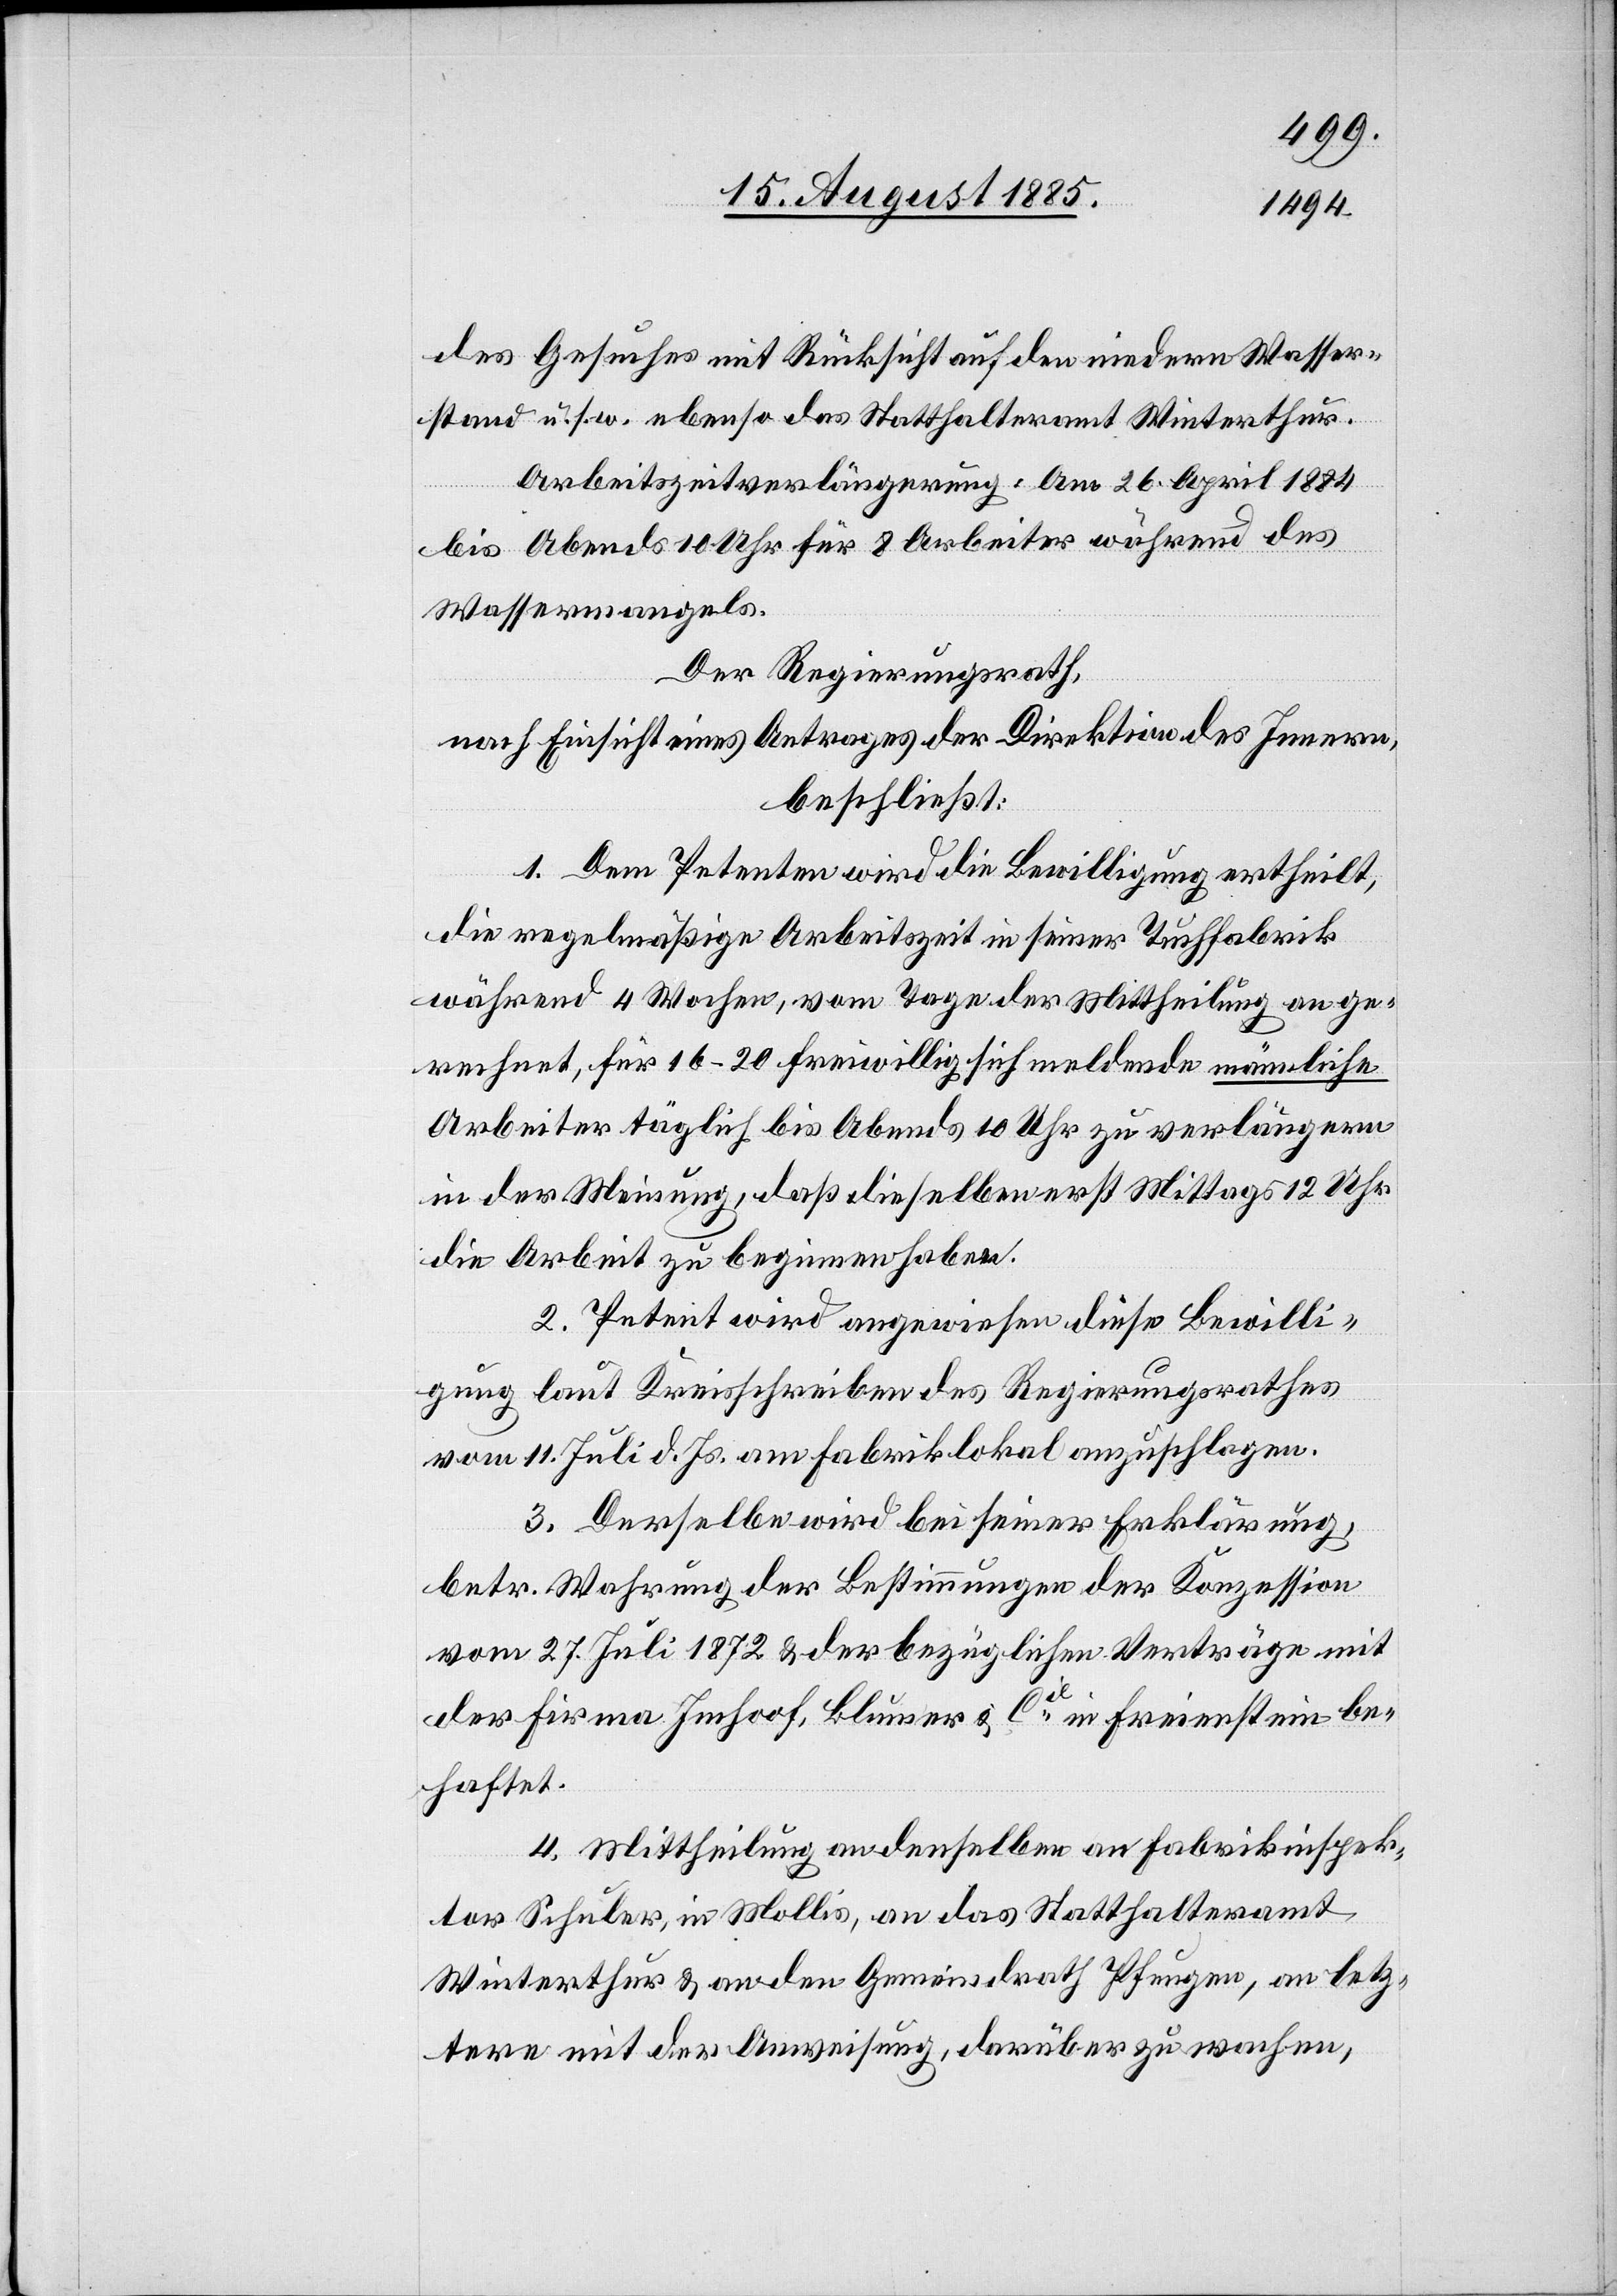
des Gesuches mit Rücksicht auf den niedern Wasser¬
stand u. s. w. ebenso das Statthalteramt Winterthur.
Arbeitszeitverlängerung: Am 26. April 1884
bis Abends 10 Uhr für 8 Arbeiter während des
Wassermangels.
Der Regierungsrath,
nach Einsicht eines Antrages der Direktion des Innern,
beschließt:
1. Dem Petenten wird die Bewilligung ertheilt,
die regelmäßige Arbeitszeit in seiner Tuchfabrik
während 4 Wochen, vom Tage der Mittheilung an ge¬
rechnet, für 16–20 freiwillig sich meldende männliche
Arbeiter täglich bis Abends 10 Uhr zu verlängern
in der Meinung, daß dieselben erst Mittags 12 Uhr
die Arbeit zu beginnen haben.
2. Petent wird angewiesen diese Bewilli¬
gung laut Kreisschreiben des Regierungsrathes
vom 11. Juli d. Js. am Fabriklokal anzuschlagen.
3. Derselbe wird bei seiner Erklärung,
betr. Wahrung der Bestimmungen der Konzession
vom 27. Juli 1872 & der bezüglichen Verträge mit
der Firma Imhoof, Blumer & Cie in Freienstein be¬
haftet.
4. Mittheilung an denselben[,] an Fabrikinspek¬
tor Schuler, in Mollis, an das Statthalteramt
Winterthur & an den Gemeindrath Pfungen, an letz¬
tere mit der Anweisung, darüber zu wachen,